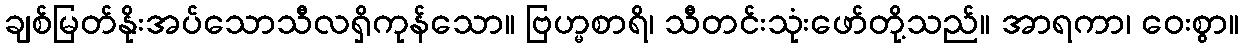
ချစ်မြတ်နိုးအပ်သောသီလရှိကုန်သော။ ဗြဟ္မစာရိ၊ သီတင်းသုံးဖော်တို့သည်။ အာရကာ၊ ဝေးစွာ။